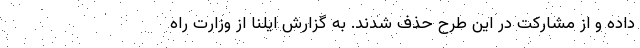
داده و از مشارکت در این طرح حذف شدند. به گزارش ایلنا از وزارت راه